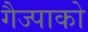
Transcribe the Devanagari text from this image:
गैज्पाको